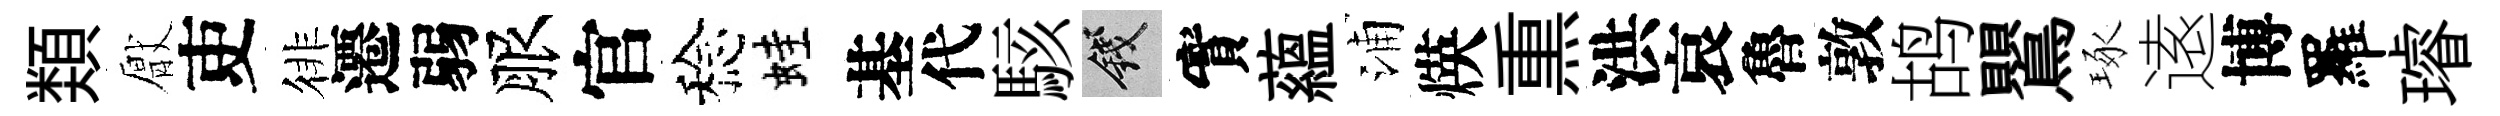
𩔖厭吏徘遷弱服官稔蛙基代駭錢實蘊浦煐𤋱洪哀魯敦鸪鸎琢逺博羅璿